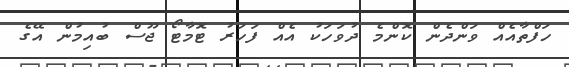
ހަފްތާއެއް ވަންދެން ކޮންމެ ދުވަހަކު އެއް ފަހަރު ޓޮމާޓޯ ޖޫސް ބުއިމުން އޭގެ